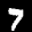
Label: 7